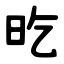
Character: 㫓